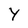
Character: Y